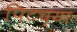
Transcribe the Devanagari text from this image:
पिटच्या